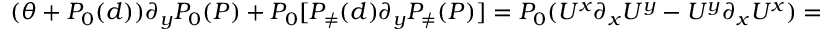
\begin{array} { r } { ( \theta + P _ { 0 } ( d ) ) \partial _ { y } P _ { 0 } ( P ) + P _ { 0 } [ P _ { \neq } ( d ) \partial _ { y } P _ { \neq } ( P ) ] = P _ { 0 } ( U ^ { x } \partial _ { x } U ^ { y } - U ^ { y } \partial _ { x } U ^ { x } ) = P _ { 0 } ( - \partial _ { y } \psi \partial _ { x x } \psi + \partial _ { x } \psi \partial _ { x y } \psi ) . } \end{array}